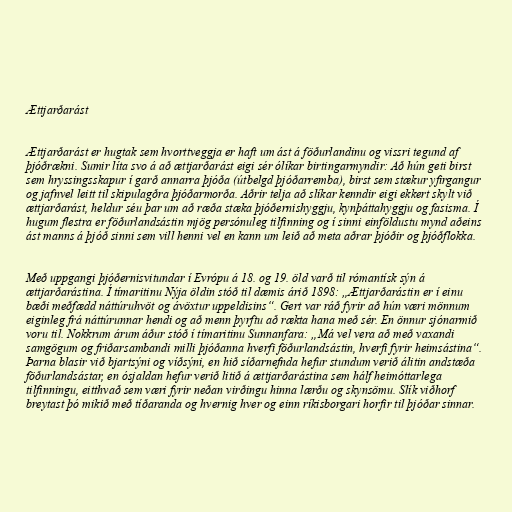
Ættjarðarást

Ættjarðarást er hugtak sem hvorttveggja er haft um ást á föðurlandinu og vissri tegund af
þjóðrækni. Sumir líta svo á að ættjarðarást eigi sér ólíkar birtingarmyndir: Að hún geti birst
sem hryssingsskapur í garð annarra þjóða (útbelgd þjóðarremba), birst sem stækur yfirgangur
og jafnvel leitt til skipulagðra þjóðarmorða. Aðrir telja að slíkar kenndir eigi ekkert skylt við
ættjarðarást, heldur séu þar um að ræða stæka þjóðernishyggju, kynþáttahyggju og fasisma. Í
hugum flestra er föðurlandsástin mjög persónuleg tilfinning og í sinni einföldustu mynd aðeins
ást manns á þjóð sinni sem vill henni vel en kann um leið að meta aðrar þjóðir og þjóðflokka.

Með uppgangi þjóðernisvitundar í Evrópu á 18. og 19. öld varð til rómantísk sýn á
ættjarðarástina. Í tímaritinu Nýja öldin stóð til dæmis árið 1898: „Ættjarðarástin er í einu
bæði meðfædd náttúruhvöt og ávöxtur uppeldisins“. Gert var ráð fyrir að hún væri mönnum
eiginleg frá náttúrunnar hendi og að menn þyrftu að rækta hana með sér. En önnur sjónarmið
voru til. Nokkrum árum áður stóð í tímaritinu Sunnanfara: „Má vel vera að með vaxandi
samgögum og friðarsambandi milli þjóðanna hverfi föðurlandsástin, hverfi fyrir heimsástina“.
Þarna blasir við bjartsýni og víðsýni, en hið síðarnefnda hefur stundum verið álitin andstæða
föðurlandsástar, en ósjaldan hefur verið litið á ættjarðarástina sem hálf heimóttarlega
tilfinningu, eitthvað sem væri fyrir neðan virðingu hinna lærðu og skynsömu. Slík viðhorf
breytast þó mikið með tíðaranda og hvernig hver og einn ríkisborgari horfir til þjóðar sinnar.